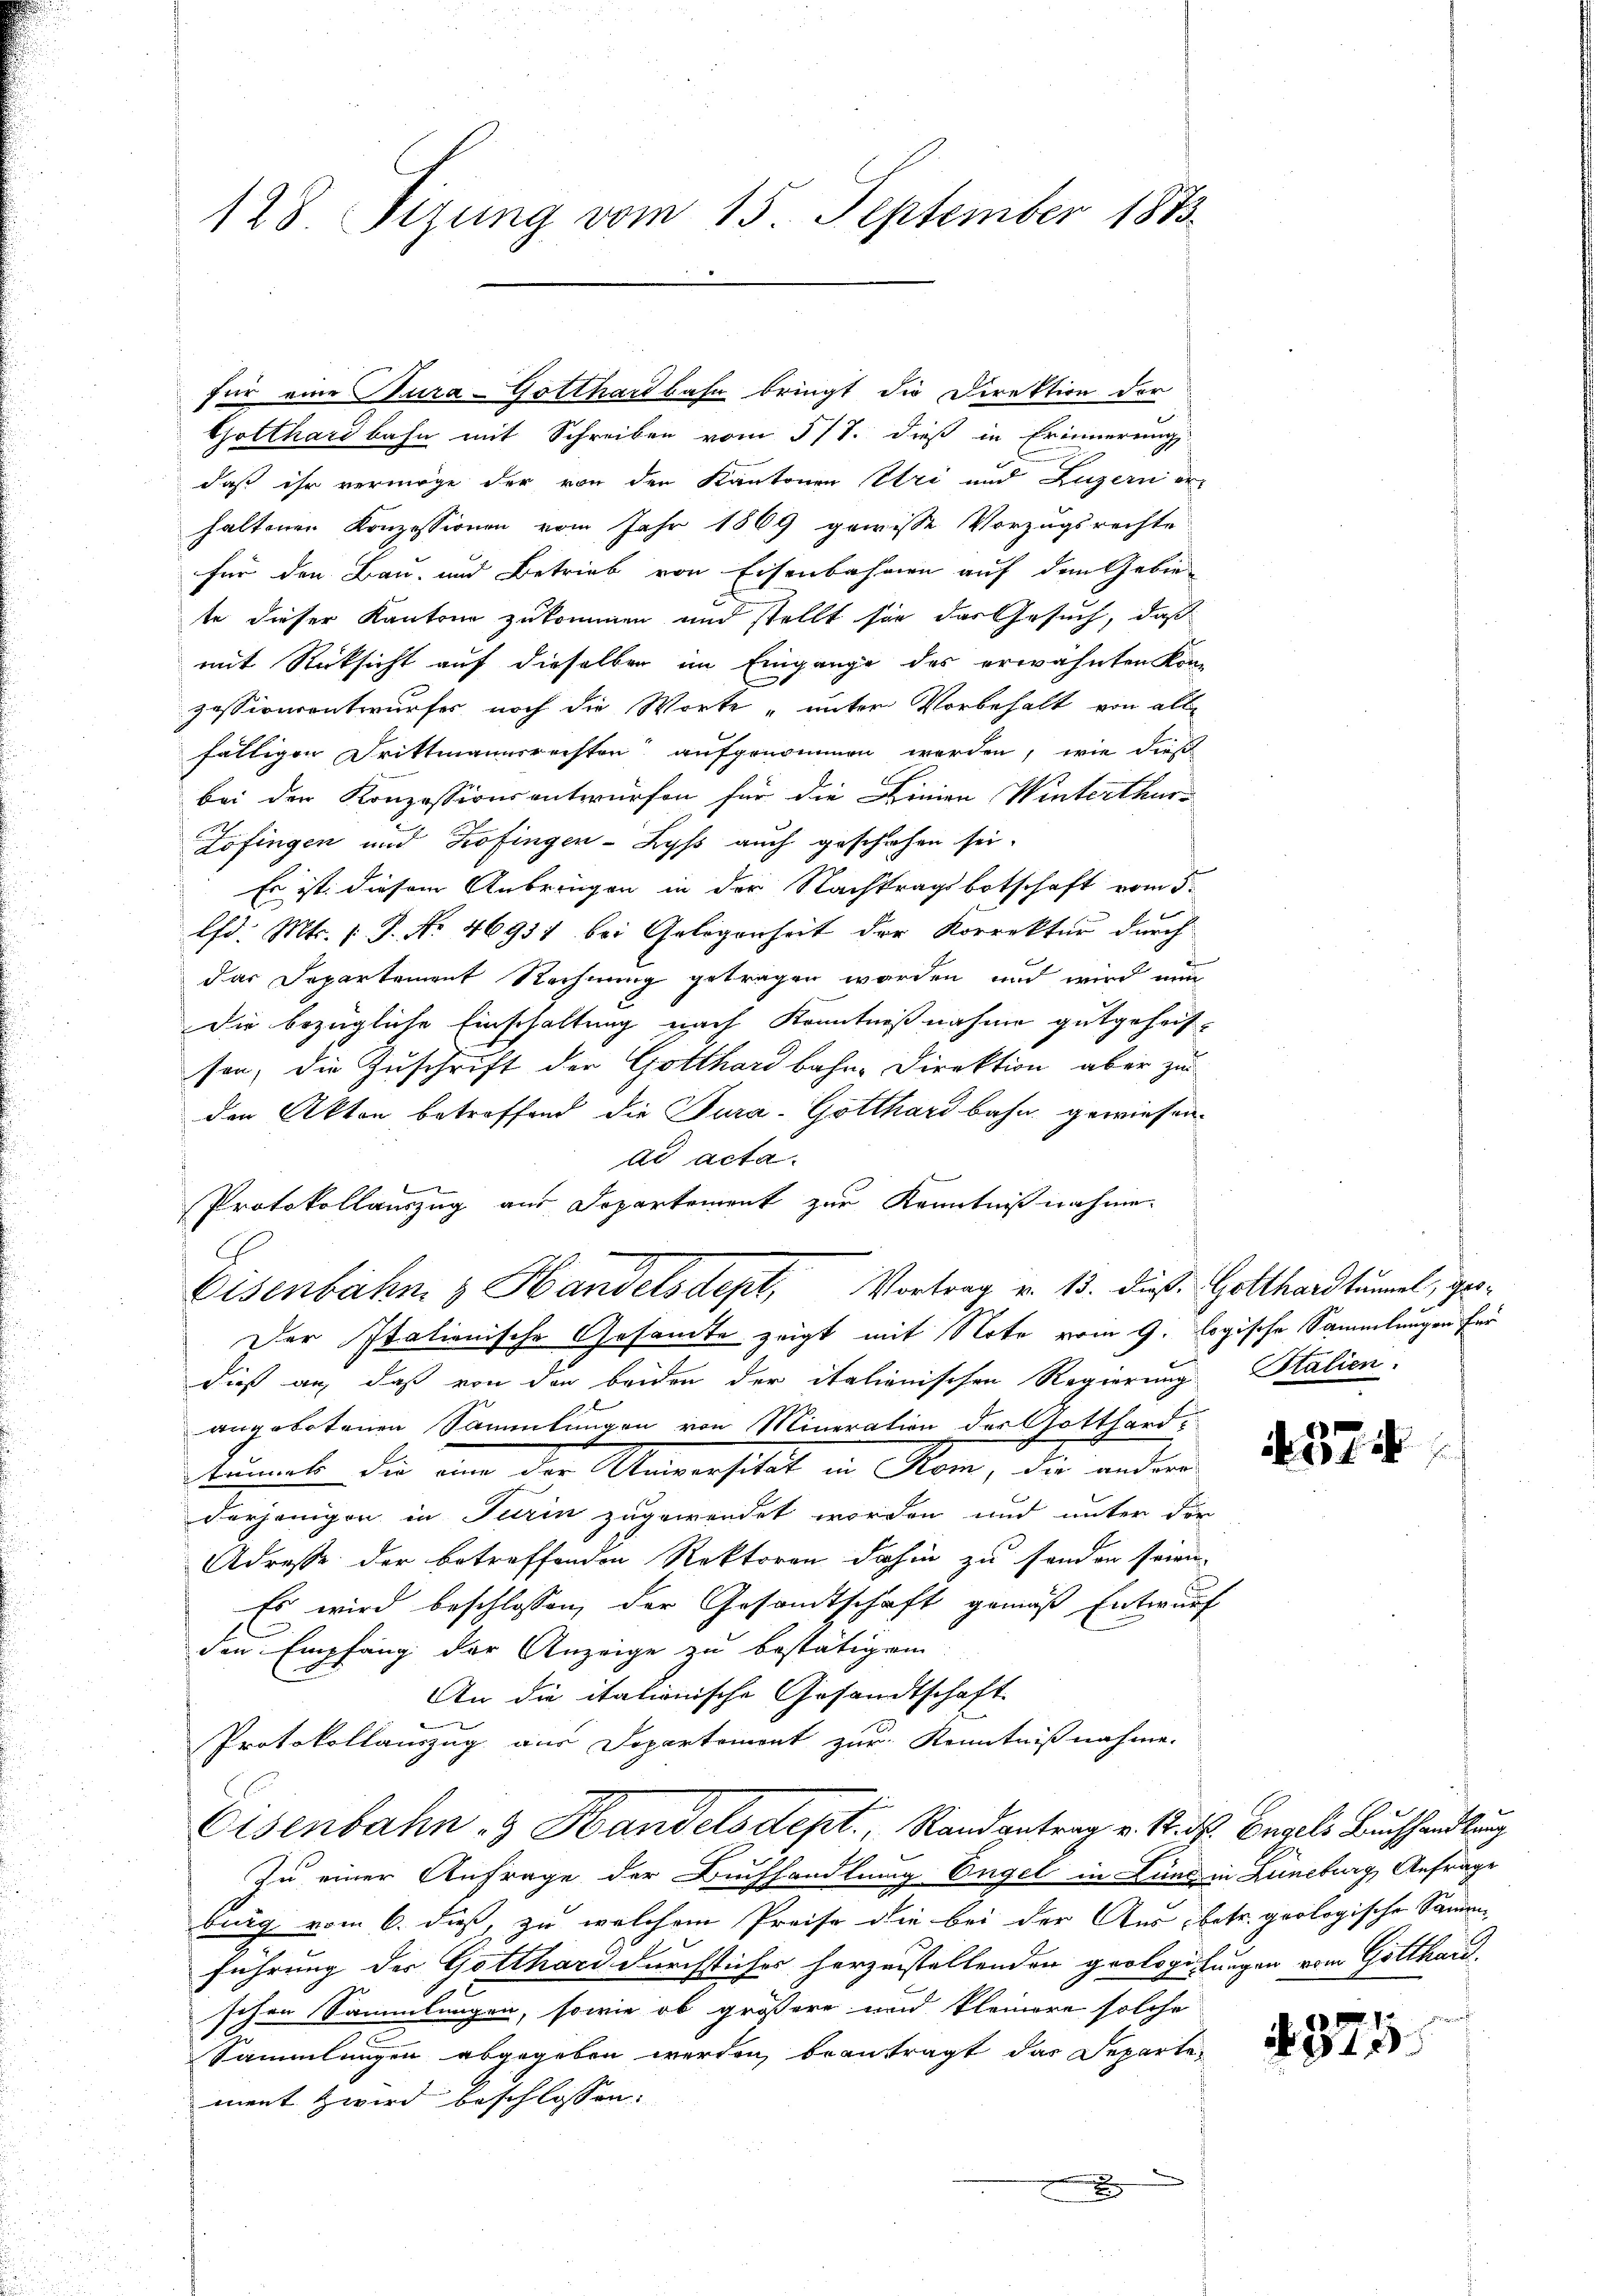
128 Tizung vom 15. September 1873.

daß ihr vermöge der von den Kantonen Uri und Luzern er-
haltenen Konzessionen vom Jahr 1869 gewisse Vorzugsrechte
für den Bau- und Betrieb von Eisenbahnen auf dem Gebiete dieser Kantone zukommen und stellt sie das Gesuch, daß
mit Rücksicht auf dieselben im Eingange des erwähnten Kon-
zessiverantwurfes noch die Worte „unter Vorbehalt von all-
fälligen Drittmannsrechten aufgenommen werden, wie dies
bei der Konzessionsantwürfen für die Linien Winterthur
Lofingen und Zofingen-Lyss auch geschehen sei.
Es ist diesem Anbringen in der Nachtragsbotschaft vom 5.
lfd. Mts. v. J. No 4693) bei Gelegenheit der Korrektur durch
das Departement Rechnung getragen worden und wird nun
Die bezügliche Einschaltung nach Kenntnißnahme gutgeheisson, die Zuschrift der Gotthardbahn- Direktion aber zu
den Akten betreffend die Tura-Gotthardbahn gewiesen.
ad acta.
l
Protokollauszug aus Departement zur Kenntnißnahme.
Der Italienische Gesamte zeigt mit Note vom 9. logische Sammlungen für
dieß auf daß von der beiden der italionischen Regierung Stalien.
angebotenen Sammlungen von Mineration der Gotthardtummte die an der Universität in Rom, die andern
derjenigen in Turin zugewendet worden und unter der
Adresse der betreffenden Rektoren dahin zu senden seien.
Es wird beschlossen, der Gesandtschaft gemäß Entwurf
l
den Empfang der Anzeige zu bestätigen
An die itationische Gesandtschaft
Protokollauszug aus Dopartement zur Kenntnißnahme.
Eisenbahn & Handelsdept., Randantrag v. 12. d. Engels Buchhandlung
Zu einer Anfrage der Buchhandlung Engel in Lund in Lüneburg, Anfrage
burg vom 6. dieß, zu welchem Preise die bei der Aus betr. geologische Sammen-
führung der Gotthari durchsticher herzustellenden geologisungen vom Gotthard.
schen Sammlungen, sowie ob größere und kleinere solche
e
Sammlungen abgegeben werden, beantragt das Departen
ment zwird beschlossen:

für eine Tura-Gotthardbahn bringt die Direktion der
Gotthardbahn mit Schreiben vom 5/7. dieß in Erinnerungs

.

Eisenbahn & Handelsdept, Vortrag v. 13. dieß: Gotthardtummel, ge¬

374